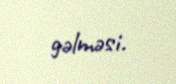
gəlməsi.